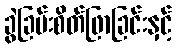
ခွဲခြမ်းစိတ်ဖြာခြင်းနှင့်